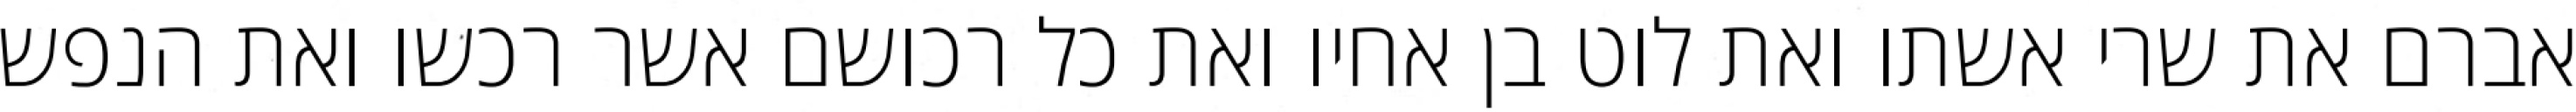
אברם את שרי אשתו ואת לוט בן אחיו ואת כל רכושם אשר רכשו ואת הנפש